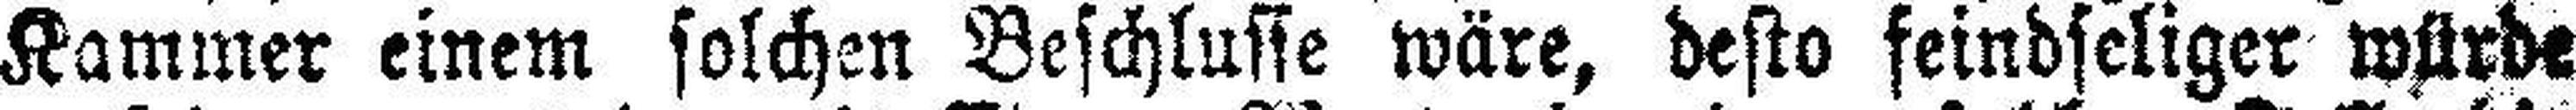
Kammer einem solchen Beschlusse wäre, desto feindseliger würde